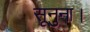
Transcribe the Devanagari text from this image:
सूनुना।